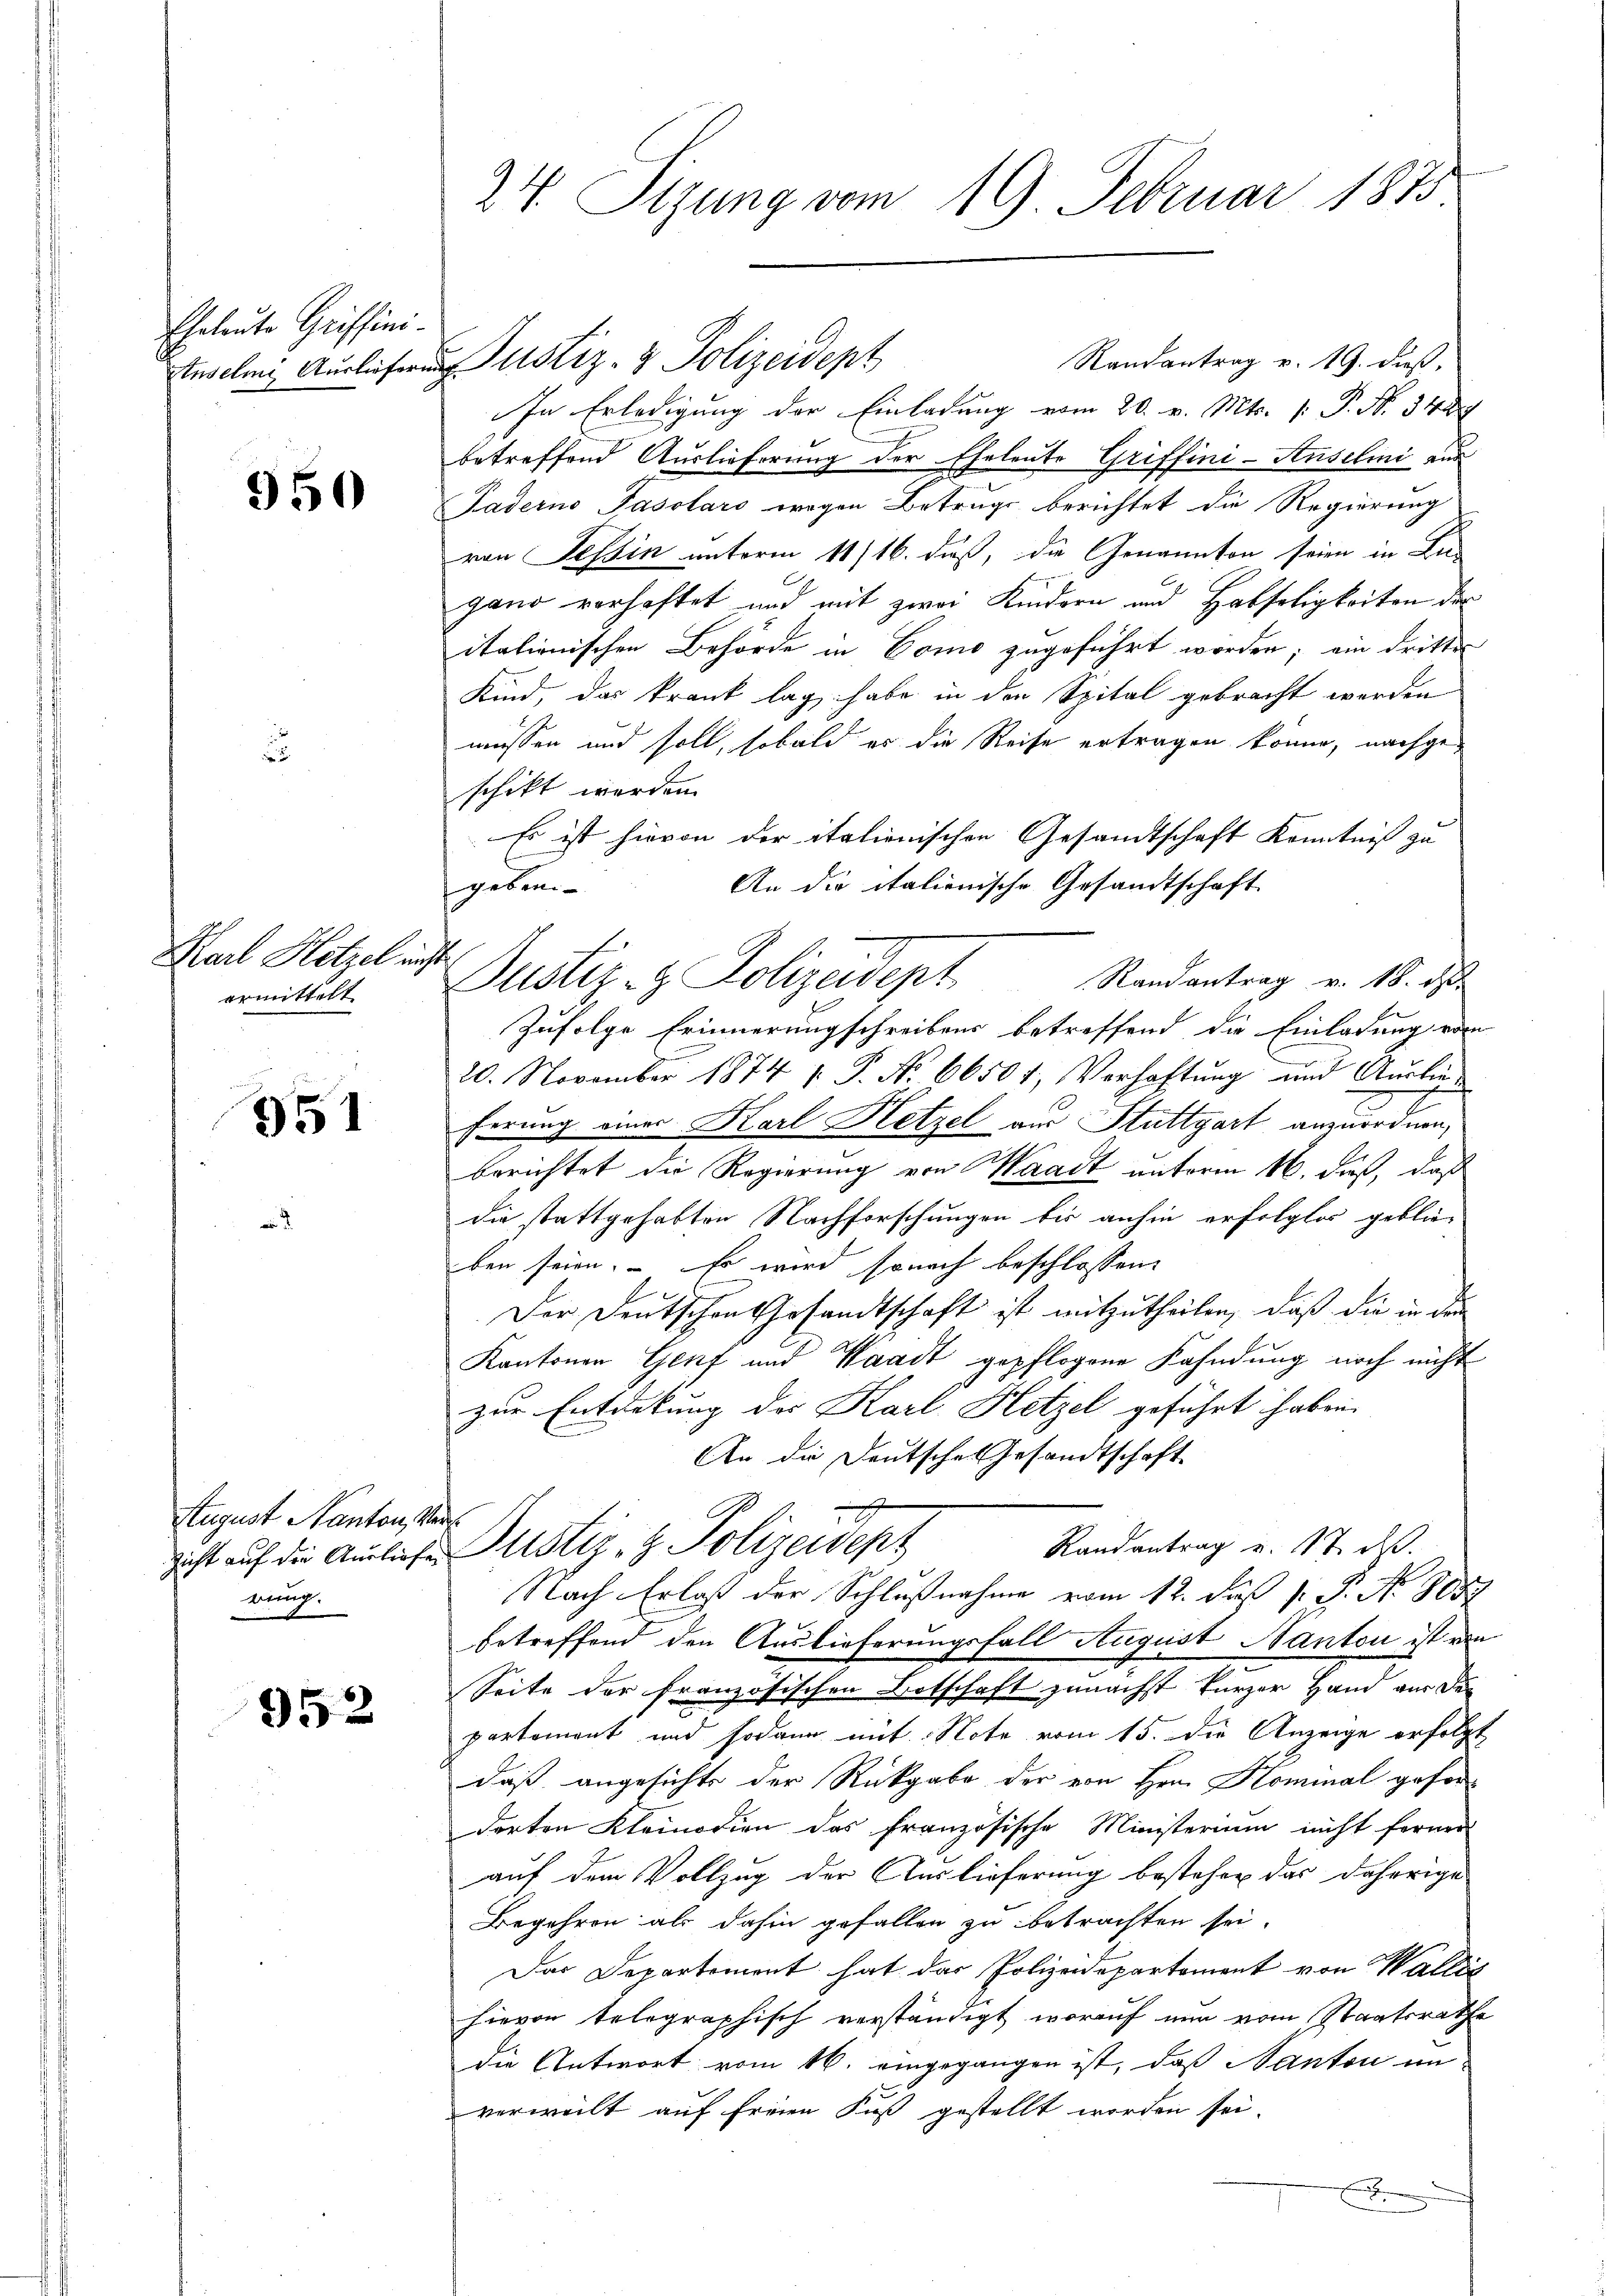
Eheleute Griffini-

950

Karl Hötzel un
ermittelt

951

August Kanton, Vers
rung.

952

24 Sizung vom 19 Februar 1875

4.

Randantrag v. 19. dieß,
Inselmi Auslieferung Justiz- & Polizeidept
In Erledigung der Einladung vom 20. v. Mts. (: P. Nr. 342
betreffend Auslieferung der Eheleute Griffini-Anselmi aus
Paderno Pasolars wegen Betrugs berichtet die Regierung
von Tessin unterm 11/16. dieß, die Genannten seien in An-
gand vorhaftet und mit zwei Kindern und Habseligkeiten der
itationischen Behörde in Como zugeführt worden; ein dritten
Kind, das krank lag habe in den Spital gebracht werden
müssen und soll, sobald es die Reise ertragen könne, nachgeschikt werden.
Es ist hievon der italienischen Gesandtschaft Kenntniß zu
An die italienische Gesandtschaft
geben
Randantrag v. 18. d.
Justiz- & Polizeidept
Zufolge Erinnerungschreibens betreffend die Einladung vom
20. November 1874 1. P. Nr. 66504. Verhaftung und Auslie-
2
ferung einer Karl Hetzel aus Stuttgart anzuordnen,
berichtet die Regierung von Waadt unterm 16. dieß, daß
die stattgehabten Nachforschungen bis anhin erfolglos geblie-
ben seien. – Er wird sonach beschlossene
Der Deutschen Gesandtschaft ist mitzutheilen, daß die in den
Kantonen Genf und Waadt gepflogene Fahndung noch nicht
zur Enterkung der Karl Hetzel geführt haben.
An die Deutsche Gesandtschaft
d
Randantrag u. 17. d.
zicht auf die Ausliefe Sistiz- & Polizeiepz
Nach Erlass der Schlußnahme vom 12. daß P. P. Nr. 8087
betreffend den Auslieferungsfall August Nanton ist von
Seite der französischen Botschaft zunächst kurzer Hand aus der
partemont und sodann mit Note vom 15. die Anzeige erfolgt
daß angesichte der Rückgabe der von Hrn. Kominal geforderten Kleinodien das französische Ministerium nicht ferner
auf dem Vollzug der Auslieferung bestehen das daherige
Begehren als dahin gefallen zu betrachten sei.
Das Departement hat das Polizeidepartement von Wallis
hievon telegraphisch verständigt worauf nun vom Staatsrathe
die Antwort vom 16. eingegangen ist, daß Nanton in
verweilt auf freien Fuß gestellt worden sei.
x